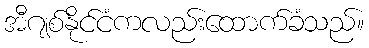
အီဂျစ်နိုင်ငံကလည်းထောက်ခံသည်။